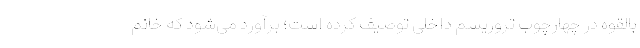
بالقوه در چهارچوب تروریسم داخلی توصیف کرده است؛ برآورد می‌شود که خانم